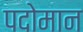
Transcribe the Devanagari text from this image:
पदोमान